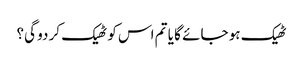
ٹھیک ہو جائے گا یا تم اس کو ٹھیک کر دو گی؟